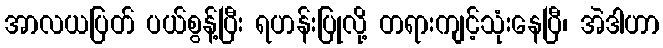
အာလယပြတ် ပယ်စွန့်ပြီး ရဟန်းပြုလို့ တရားကျင့်သုံးနေပြီ၊ အဲဒါဟာ